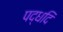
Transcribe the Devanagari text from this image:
पद्धदि